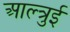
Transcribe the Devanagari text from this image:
आल्त्रुई